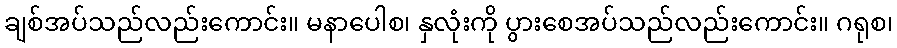
ချစ်အပ်သည်လည်းကောင်း။ မနာပေါစ၊ နှလုံးကို ပွားစေအပ်သည်လည်းကောင်း။ ဂရုစ၊